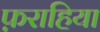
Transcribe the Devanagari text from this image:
फ़राहिया